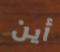
أين